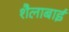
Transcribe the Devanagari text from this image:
शैलाबाई